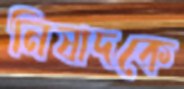
নিষাদকে